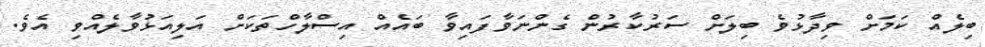
ބިލެއް ކަމަށް ވިދާޅުވެ ބިލަށް ސަރުކާރުން ގެންނަވާފައިވާ ބައެއް އިސްލާހްތަކަށް އަލިއަޅުވާލެއްވި އެވެ.